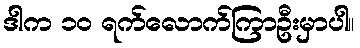
ဒါက ၁၀ ရက်လောက်ကြာဦးမှာပါ။